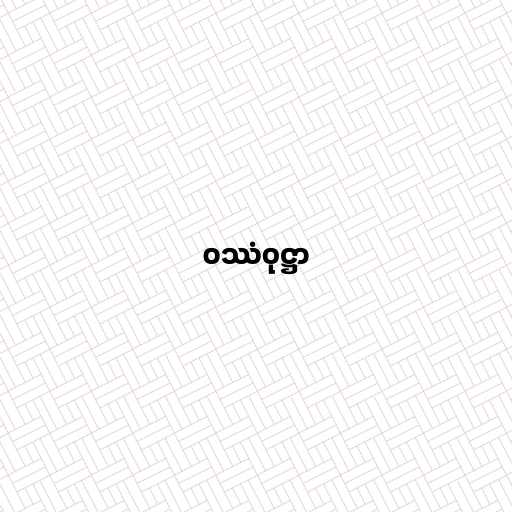
ဝဿံဝုဋ္ဌာ